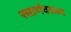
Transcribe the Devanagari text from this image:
रसार्णवकल्प